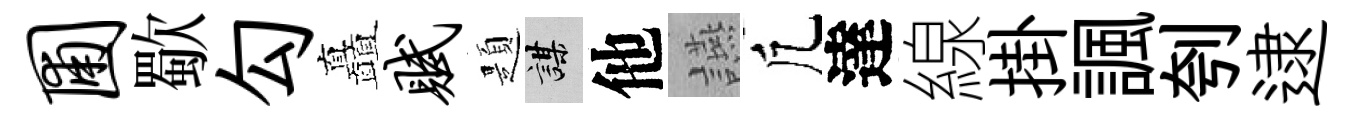
圃歜勾矗赋題謀他讌凢達線掛諷刳逮